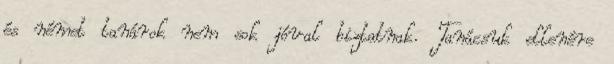
és német tanárok nem sok jóval biztatnak. Tanácsuk ellenére